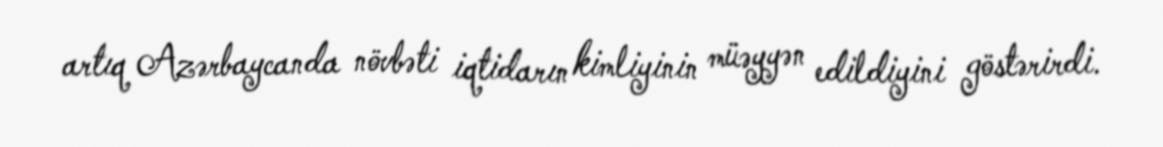
artıq Azərbaycanda növbəti iqtidarın kimliyinin müəyyən edildiyini göstərirdi.